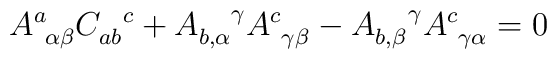
A_{~\alpha\beta}^{a} C_{ab}^{~~c} + A_{b,\alpha}^{~~~\gamma}   A_{~\gamma\beta}^{c} - A_{b,\beta}^{~~~\gamma} A_{~\gamma\alpha}^{c} = 0